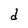
Character: d